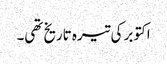
اکتوبر کی تیرہ تاریخ تھی۔